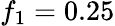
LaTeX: f_{1}=0.25